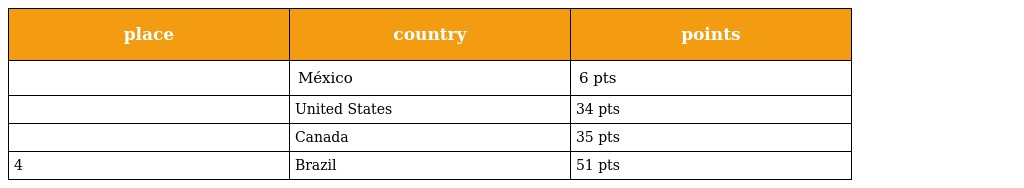
| place | country | points |
 | --- | --- | --- |
 |  | México | 6 pts |
 |  | United States | 34 pts |
 |  | Canada | 35 pts |
 | 4 | Brazil | 51 pts |